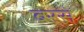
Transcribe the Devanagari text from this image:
बरसें